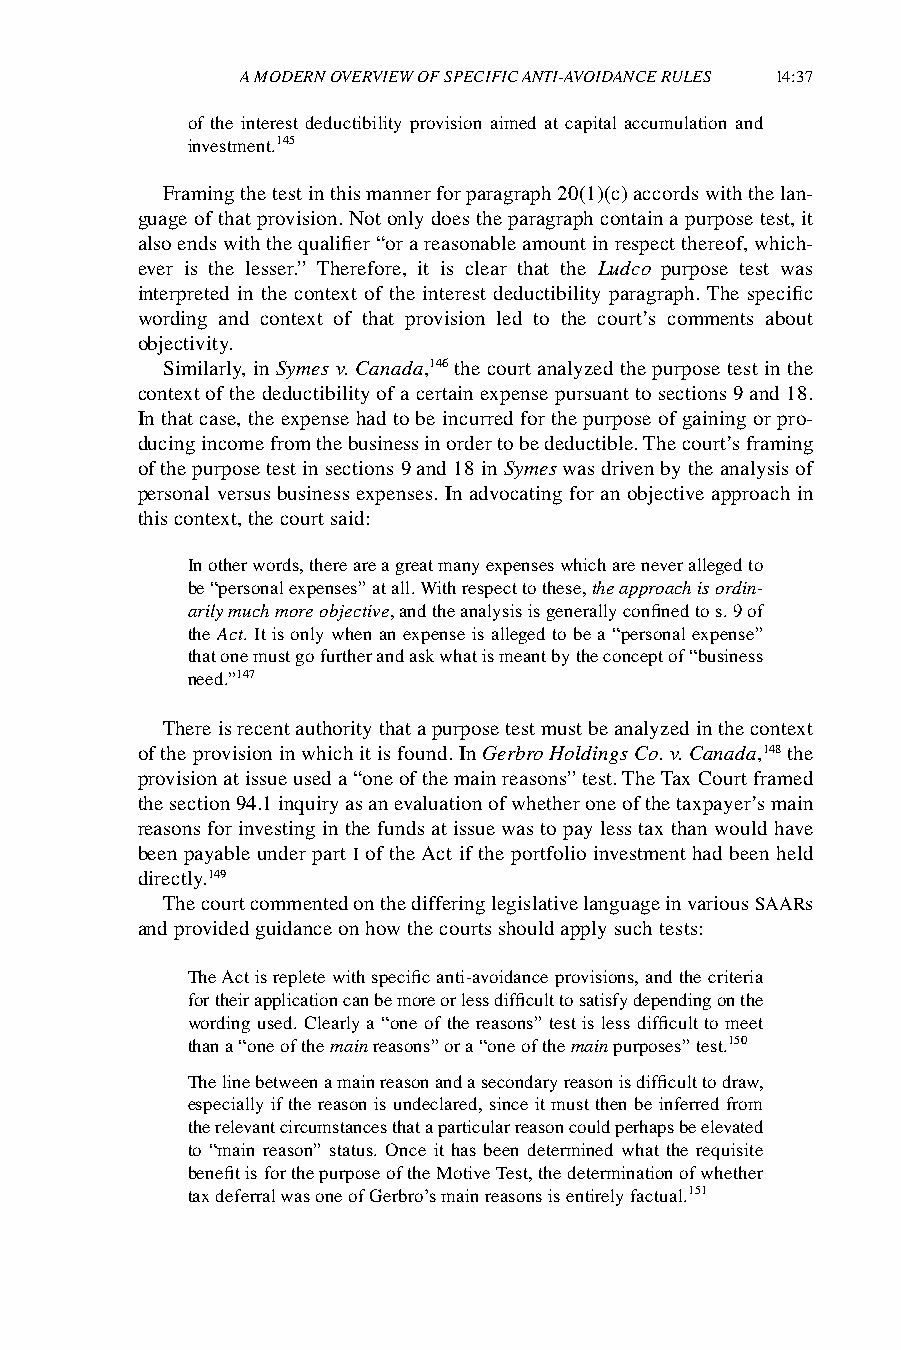
A MODERN OVERVIEW OF SPECIFIC ANTI-AVOIDANCE RULES 14:37
 of the interest deductibility provision aimed at capital accumulation and
 investment.145
 Framing the test in this manner for paragraph 20(1)(c) accords with the lan-
 guage of that provision. Not only does the paragraph contain a purpose test, it
 also ends with the qualifier “or a reasonable amount in respect thereof, which-
 ever is the lesser.” Therefore, it is clear that the Ludco purpose test was
 interpreted in the context of the interest deductibility paragraph. The specific
 wording and context of that provision led to the court’s comments about
 objectivity.
 Similarly, in Symes v. Canada,146 the court analyzed the purpose test in the
 context of the deductibility of a certain expense pursuant to sections 9 and 18.
 In that case, the expense had to be incurred for the purpose of gaining or pro-
 ducing income from the business in order to be deductible. The court’s framing
 of the purpose test in sections 9 and 18 in Symes was driven by the analysis of
 personal versus business expenses. In advocating for an objective approach in
 this context, the court said:
 In other words, there are a great many expenses which are never alleged to
 be “personal expenses” at all. With respect to these, the approach is ordin-
 arily much more objective, and the analysis is generally confined to s. 9 of
 the Act. It is only when an expense is alleged to be a “personal expense”
 that one must go further and ask what is meant by the concept of “business
 need.”147
 There is recent authority that a purpose test must be analyzed in the context
 of the provision in which it is found. In Gerbro Holdings Co. v. Canada,148 the
 provision at issue used a “one of the main reasons” test. The Tax Court framed
 the section 94.1 inquiry as an evaluation of whether one of the taxpayer’s main
 reasons for investing in the funds at issue was to pay less tax than would have
 been payable under part I of the Act if the portfolio investment had been held
 directly.149
 The court commented on the differing legislative language in various SAARs
 and provided guidance on how the courts should apply such tests:
 The Act is replete with specific anti-avoidance provisions, and the criteria
 for their application can be more or less difficult to satisfy depending on the
 wording used. Clearly a “one of the reasons” test is less difficult to meet
 than a “one of the main reasons” or a “one of the main purposes” test.150
 The line between a main reason and a secondary reason is difficult to draw,
 especially if the reason is undeclared, since it must then be inferred from
 the relevant circumstances that a particular reason could perhaps be elevated
 to “main reason” status. Once it has been determined what the requisite
 benefit is for the purpose of the Motive Test, the determination of whether
 tax deferral was one of Gerbro’s main reasons is entirely factual.151